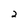
Character: 2